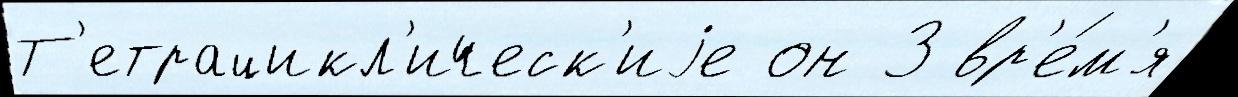
Т'етрацикл'ическ'иjе он 3 вр'е́м'я